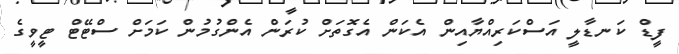
ފީޑް ކަނޑާލީ އަސްކަރިއްޔާއިން އެކަން އެގޮތަށް ކުރަން އެންގުމުން ކަމަށް ސްޓޭޓް ޓީވީގެ